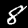
Label: 8